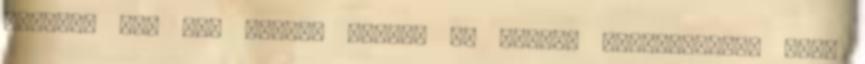
családi név egy százas skálán 43 pontos gyakoriságú. Géza